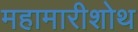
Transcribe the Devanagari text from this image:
महामारीशोथ